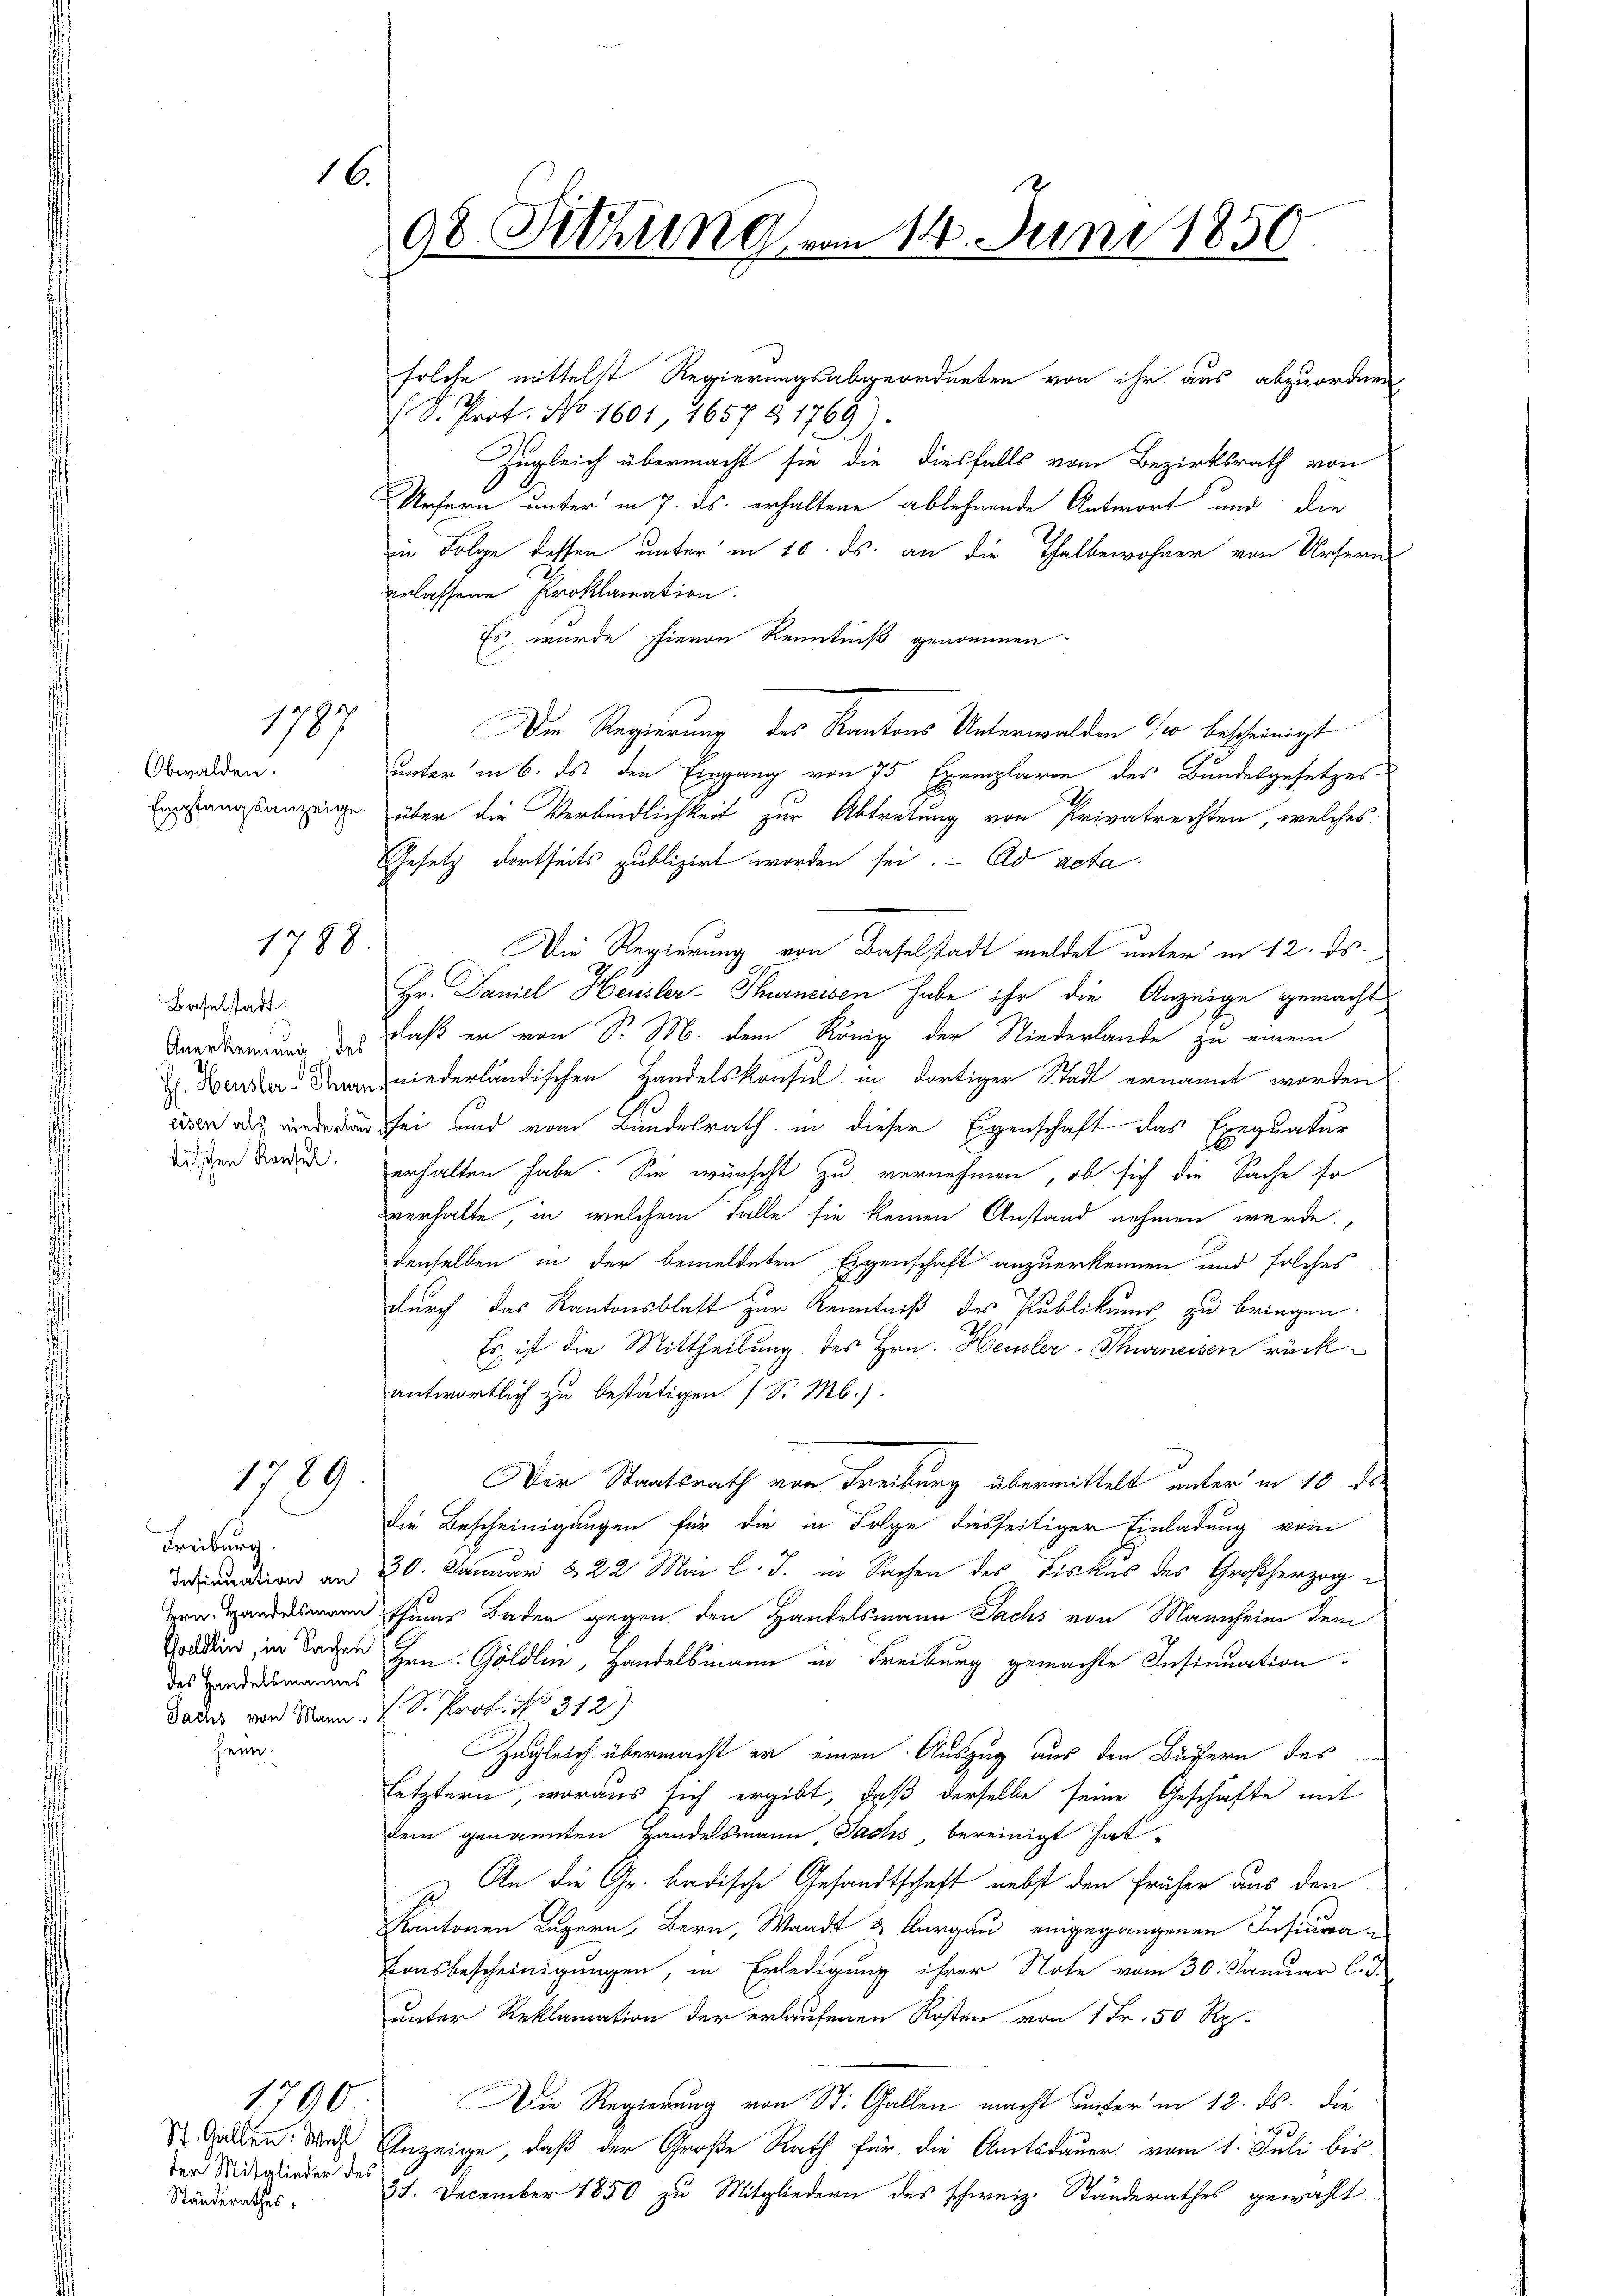
1787

Obwalden.
Empfangsanzeige

1788

Baselstadt.
Anerkennung der
H. Heusler-Thur
eisen als niederlau
dischen Ransel

1789

Freiburg.
Insinuation an
Hrn. Handelsmann
Goldlin, in Saches
des Handelsmannes
Sachs von Mann
heim.

St. Gallen. Wahl
der Mitglieder des
Ständerathes,

1790

16.

98. Sitzung vom 14. Juni 1850.

.S. Prof. No 1601, 1657 § 1769).
Zugleich übermacht sie die diesfalls vom Bezirksrath von
Ursern unter in 7. ds. erhaltene ablehnende Antwort und die
n Folge dessen unter in 10. ds. an die Thalbewohner von Ursern
erlassene Proklamation.
Es wurde hievon Kenntniß genommen
Die Regierung des Kantons Unterwalden 1 bescheinigt
unter in 6. ds den Eingang von 75 Exemplaren des Bundesgesetzes
über die Verbindlichkeit zur Abtretung von Privatrechten, welches
Gesetz dortseits publizirt worden sei. Ad acta
Die Regierung von Baselstadt meldet unter in 12. ds.
Hr. Daniel Heusler-Thurneisen habe ihr die Anzeige gemacht
daß er von S. M. dem König der Niederlande zu einem
niederländischen Handelskonsul in dortiger Stadt ernannt worden
sei und vom Bundesrath in dieser Eigenschaft das Exequatur
erhalten habe. Sie wünscht zu vernehmen, ob sich die Sache so
verhalte in welchem Falle sie keinen Anstand nehmen werde.
denselben in der bemeldeten Eigenschaft anzuerkennen und solches
durch das Kantonsblatt zur Kenntniß des Publikums zu bringen.
d
Es ist die Mittheilung des Hrn. Heusler-Thurneisen rückantwortlich zu bestätigen (S. M.).
Der Staatsrath von Freiburg übermittelt unter in 10. de
die Bescheinigungen für die in Folge diesseitiger Einladung vom
30. Januar & 22 Mai l. J. in Sachen des Fiskus des Großherzog
thums Baden gegen den Handelsmann Sachs von Mannheim dem
Hrn. Göldlin, Handelsmann in Freiburg gemachte Insinuation
V. D. Prof. No. 312)
Zugleich übermacht er einen Auszug aus den Büchern des
letztern, woraus sich ergibt, daß derselbe seine Geschäfte mit
dem genannten Handelsmann Sachs, bereinigt hat.
u. An die Gr. badische Gesandtschaft nebst den früher aus den
Kantonen Luzern, Bern, Waadt & Aargau eingegangenen Insinua
Bousbescheinigungen, in Erledigung ihrer Note vom 30. Januar l. J.
unter Reklamation der erlaufenen Kosten von 1 Fr. 50 Rp.
Die Regierung von St. Gallen macht unter in 12. ds. die
Inzeige, daß der Große Rath für die Amtsdauer vom 1. Juli bis
37. December 1850 zu Mitgliedern des schweiz. Ständerathes gewählt

solche mittelst Regierungsabgeordneten von ihr aus abzuordnen